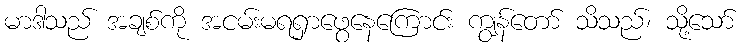
မာဒါသည် အချစ်ကို အငမ်းမရရှာဖွေနေကြောင်း ကျွန်တော် သိသည်၊ သို့သော်